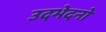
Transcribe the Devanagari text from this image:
उदभेदनो